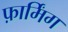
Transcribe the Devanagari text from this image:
फ़ार्मिंग